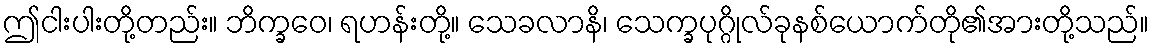
ဤငါးပါးတို့တည်း။ ဘိက္ခဝေ၊ ရဟန်းတို့။ သေခလာနိ၊ သေက္ခပုဂ္ဂိုလ်ခုနစ်ယောက်တို၏အားတို့သည်။